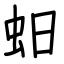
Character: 蚎